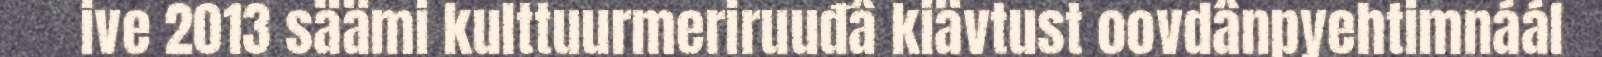
ive 2013 säämi kulttuurmeriruuđâ kiävtust oovdânpyehtimnáál